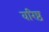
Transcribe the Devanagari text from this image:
वरिष्ठ